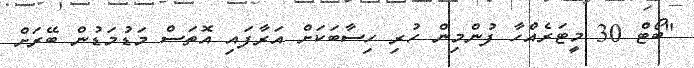
"ބޯޓް 30 މީޓަރެއްހާ ފުންމިން ހުރި ހިސާބަކަށް އަރާފައި އޮތަސް މަޑުމަޑުން ބޭރަށް